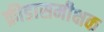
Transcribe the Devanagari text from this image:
क्रीडासमीक्षक